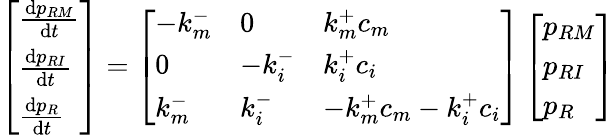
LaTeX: \left[\begin{array}{l}{\frac{\mathrm{d}p_{RM}}{\mathrm{d}t}}\\ {\frac{\mathrm{d}p_{RI}}{\mathrm{d}t}}\\ {\frac{\mathrm{d}p_{R}}{\mathrm{d}t}}\end{array}\right]=\left[\begin{array}{lll}{-k_{m}^{-}}&{0}&{k_{m}^{+}c_{m}}\\ {0}&{-k_{i}^{-}}&{k_{i}^{+}c_{i}}\\ {k_{m}^{-}}&{k_{i}^{-}}&{-k_{m}^{+}c_{m}-k_{i}^{+}c_{i}}\end{array}\right]\left[\begin{array}{l}{p_{RM}}\\ {p_{RI}}\\ {p_{R}}\end{array}\right]